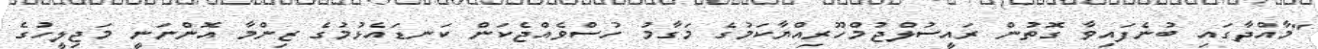
"މާއްދާގައި ބުނެފައިވާ ގޮތުން ރައީސުލްޖުމްހޫރިއްޔާކަމުގެ މަގާމު ހުސްވެއްޖެކަން ކަނޑައެޅުމުގެ ޒިންމާ އޮންނަނީ މަޖިލީހުގެ